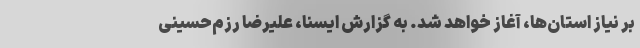
بر نیاز استان‌ها، آغاز خواهد شد. به گزارش ایسنا، علیرضا رزم‌حسینی